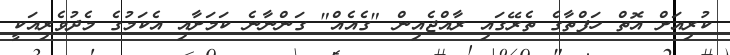
ކުރިއަށް އޮތް ހަފްތާގެ ތެރޭގައި ރާއްޖެއިން "ގެއެއް" ގަންނާނެ ކަމަށާއި އެކަމުގެ މެދުވެރިއަކީ